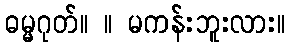
ဓမ္မဂုတ်။ ။ မကန်းဘူးလား။